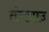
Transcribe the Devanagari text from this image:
तंगचाउ